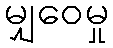
မျှဝေမှု